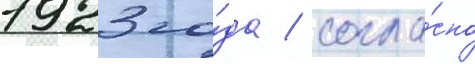
1923 го́да / согла́сно